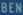
BEN